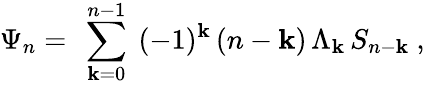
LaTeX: \Psi_{n}=\ \sum_{\mathbf{k}=0}^{n-1}\ (-1)^{\mathbf{k}}\, (n-\mathbf{k})\, \Lambda_{\mathbf{k}}\, S_{n-\mathbf{k}}\ ,